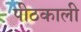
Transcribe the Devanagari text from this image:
पीठकाली